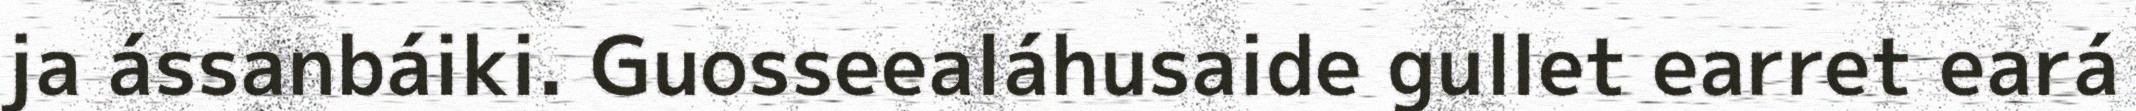
ja ássanbáiki. Guosseealáhusaide gullet earret eará